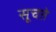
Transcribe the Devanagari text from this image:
सूचते